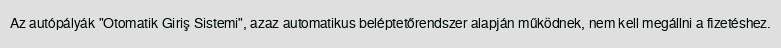
Az autópályák "Otomatik Giriş Sistemi", azaz automatikus beléptetőrendszer alapján működnek, nem kell megállni a fizetéshez.